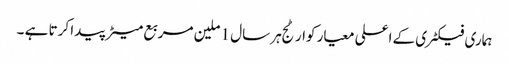
ہماری فیکٹری کے اعلی معیار کوارٹج ہر سال 1 ملین مربع میٹر پیدا کرتا ہے ۔